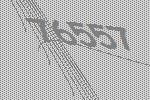
76557